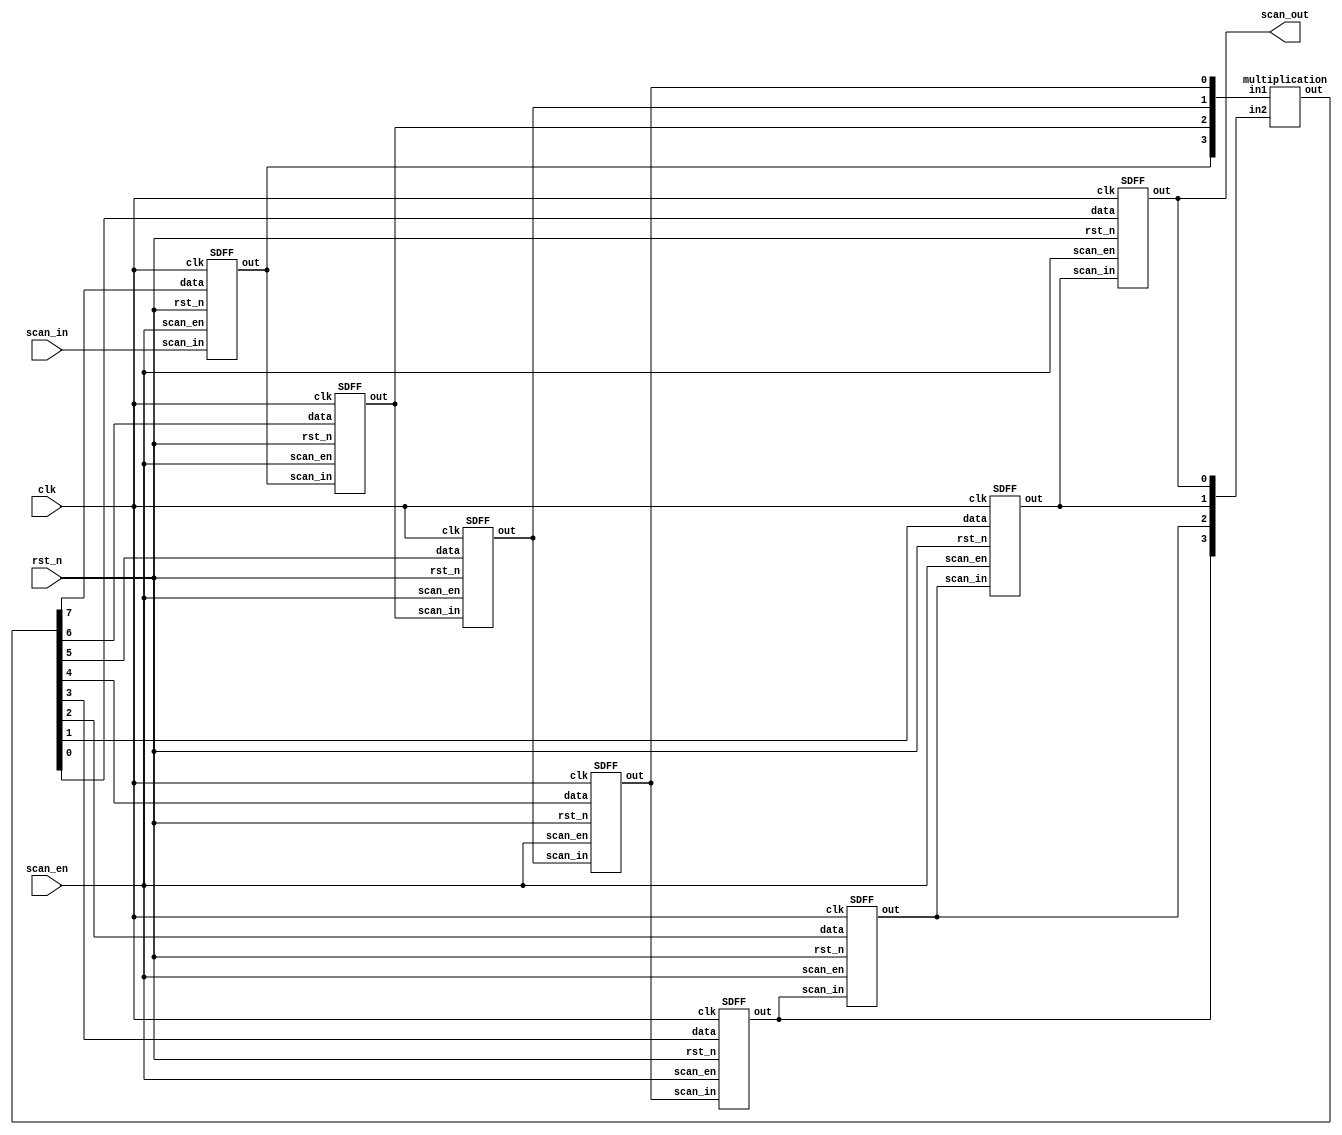
`timescale 1ns/1ps

module Scan_Chain_Design(clk, rst_n, scan_in, scan_en, scan_out);
    input clk;
    input rst_n;
    input scan_in;
    input scan_en;
    output scan_out;
    wire[7:0] data, p;
    
    assign scan_out = data[0];
    
    //8 special DFF
    
    //A
    SDFF s0(clk, rst_n, scan_in, scan_en, p[7], data[7]);
    SDFF s1(clk, rst_n, data[7], scan_en, p[6], data[6]);
    SDFF s2(clk, rst_n, data[6], scan_en, p[5], data[5]);
    SDFF s3(clk, rst_n, data[5], scan_en, p[4], data[4]);
    //B
    SDFF s4(clk, rst_n, data[4], scan_en, p[3], data[3]);
    SDFF s5(clk, rst_n, data[3], scan_en, p[2], data[2]);
    SDFF s6(clk, rst_n, data[2], scan_en, p[1], data[1]);
    SDFF s7(clk, rst_n, data[1], scan_en, p[0], data[0]);
    
    //multiplication part A = data[7:4], B = data[3:0]
    multiplication m0(p, data[7:4], data[3:0]);
    //assign p = data[7:4] * data[3:0];

endmodule

module SDFF(clk, rst_n, scan_in, scan_en, data, out);
    input clk;
    input rst_n;
    input scan_in;
    input scan_en;
    input data;
    output reg out;//aka Q

    //Reset all SDFFs to 1'b0 when rst_n == 1'b0 
    always @(posedge clk)begin
        // a flip flop controlled by rst_n
        if(rst_n == 1'd0)begin
            out <= 1'd0;
        end else begin
            // a flip flop if rst_n == 1'd1 controled by scan_en
            if(scan_en == 1'd0)begin
                out <= data;
            end else begin
                out <= scan_in;
            end

        end
    end
            
endmodule

module multiplication(out, in1, in2);
    input [3:0]in1; //a
    input [3:0]in2; //b
    output [7:0]out; //p
    
    assign out = in1 * in2;
endmodule